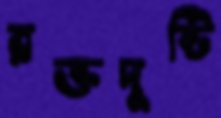
রক্তদুষ্টি